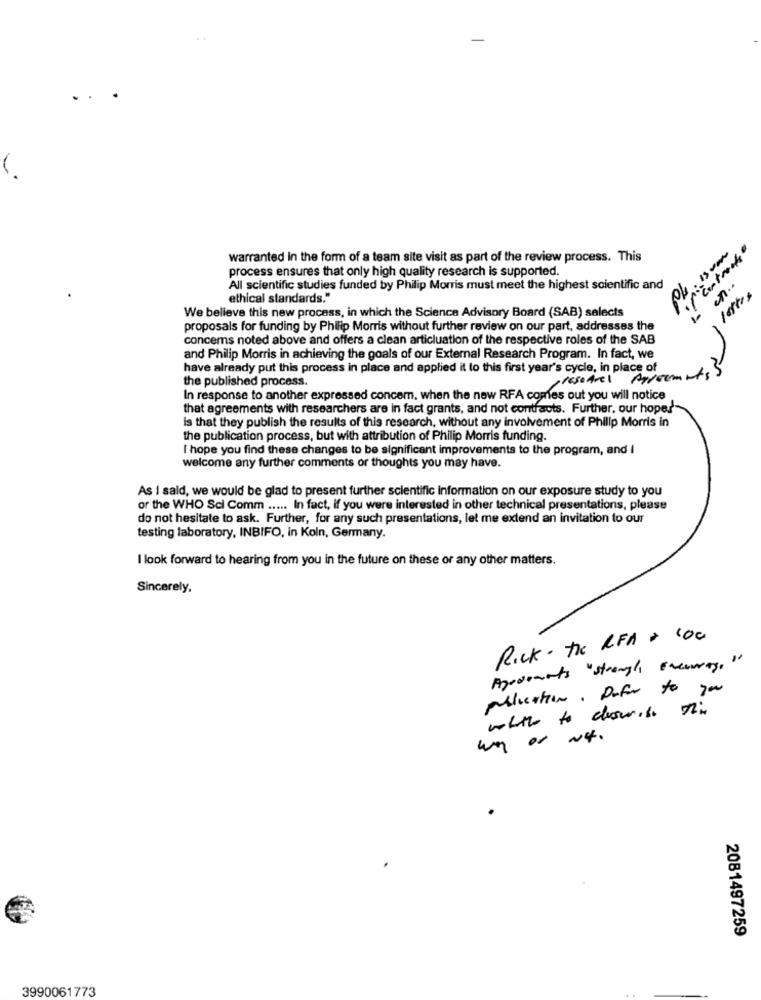
""Entracks"
warranted in the form of a team site visit as part of the review process. This
process ensures that only high quality research is supported.
en ..
All scientific studies funded by Philip Morris must meet the highest scientific and
lotto
ethical standards."
We believe this new process, in which the Science Advisory Board (SAB) selects
proposals for funding by Philip Morris without further review on our part, addresses the
concems noted above and offers a clean articluation of the respective roles of the SAB
and Philip Morris in achieving the goals of our External Research Program. In fact, we
have already put this process in place and applied it to this first year's cycle, in place of
the published process.
presoArel AireementsS
In response to another expressed concern. when the new RFA comes out you will notice
that agreements with researchers are in fact grants, and not contracts. Further, our hope!
is that they publish the results of this research, without any involvement of Philip Morris in
the publication process, but with attribution of Philip Morris funding.
I hope you find these changes to be significant improvements to the program, and I
welcome any further comments or thoughts you may have.
As I said, we would be glad to present further scientific Information on our exposure study to you
or the WHO Sci Comm ..... In fact, if you were interested in other technical presentations, please
do not hesitate to ask. Further, for any such presentations, let me extend an invitation to our
testing laboratory, INBIFO, in Koln, Germany.
I look forward to hearing from you in the future on these or any other matters.
Sincerely,
Rick - the RFA + 100
Agodiants "strongly Encourage"
publication. pofer to you
whathe to dowith this
2081497259
3990061773